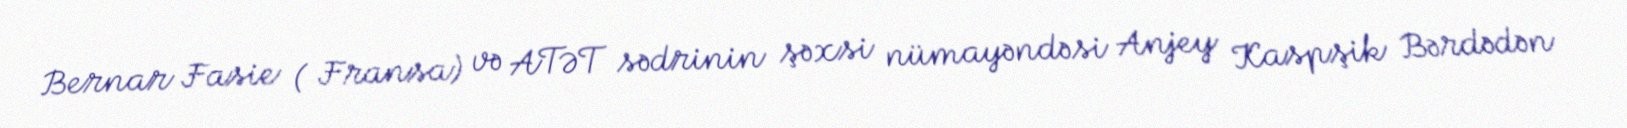
Bernar Fasie ( Fransa) və ATƏT sədrinin şəxsi nümayəndəsi Anjey Kaspşik Bərdədən